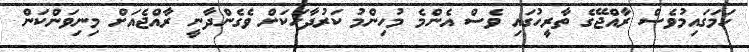
ހަމަގައިމުވެސް ރާއްޖޭގެ ތާރީހުގައި ވެސް އެންމެ މުހިންމު ކަރުދާހަކަށް ވެގެންދާނީ ރާއްޖެއަށް މިނިވަންކަން